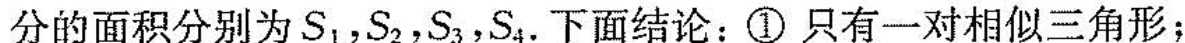
分的面积分别为S_{1}，S_{2}，S_{3}，S_{4}.下面结论：①只有一对相似三角形；